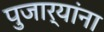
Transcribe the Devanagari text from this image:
पुजार्यांना